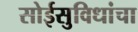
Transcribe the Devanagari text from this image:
सोईसुविधांचा